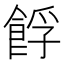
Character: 𩛞